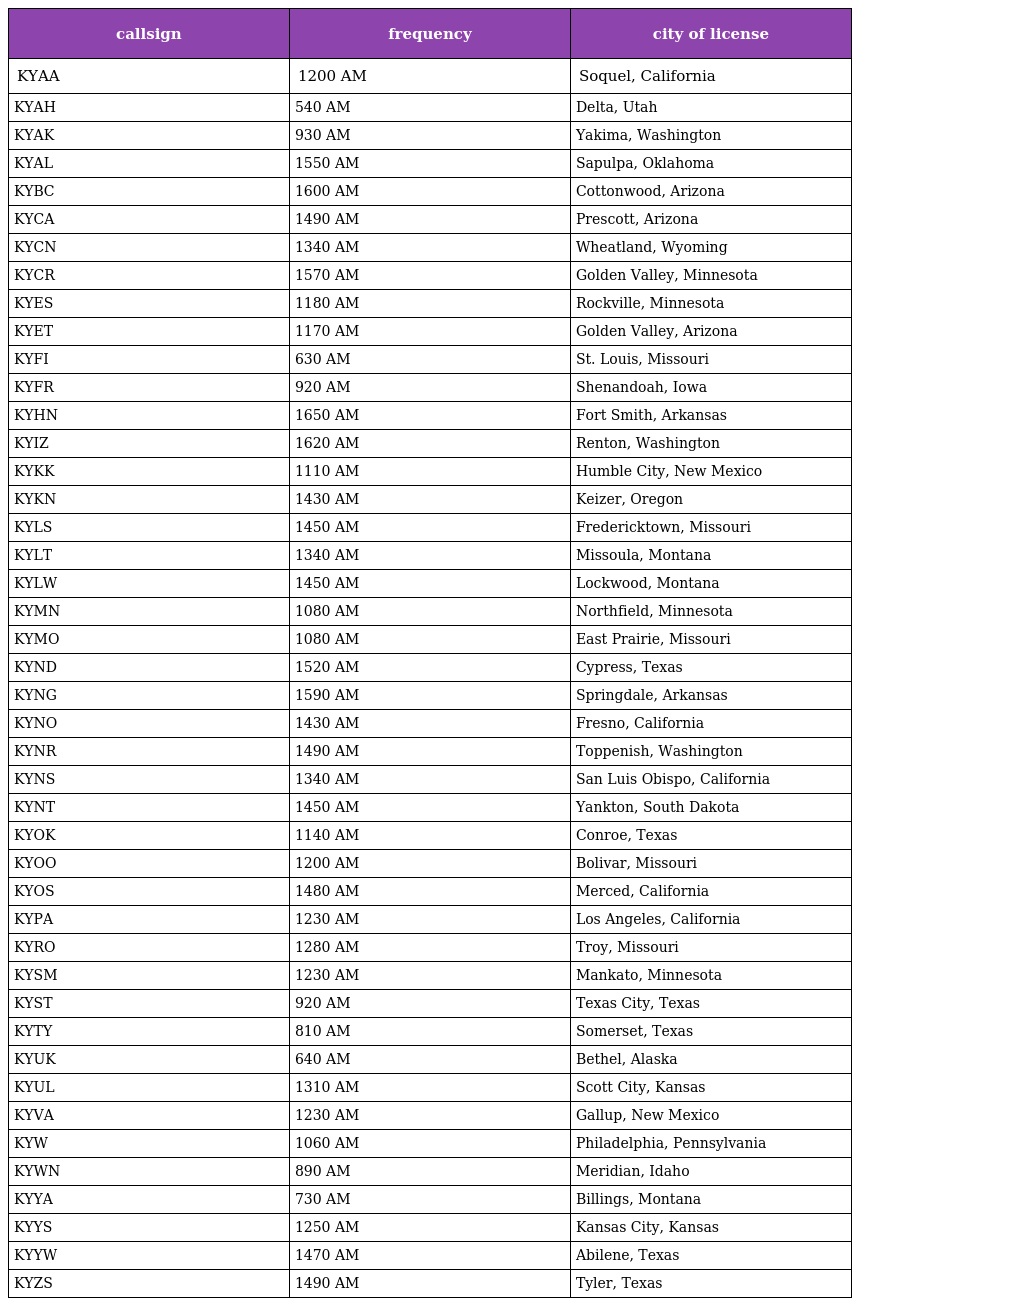
| callsign | frequency | city of license |
 | --- | --- | --- |
 | KYAA | 1200 AM | Soquel, California |
 | KYAH | 540 AM | Delta, Utah |
 | KYAK | 930 AM | Yakima, Washington |
 | KYAL | 1550 AM | Sapulpa, Oklahoma |
 | KYBC | 1600 AM | Cottonwood, Arizona |
 | KYCA | 1490 AM | Prescott, Arizona |
 | KYCN | 1340 AM | Wheatland, Wyoming |
 | KYCR | 1570 AM | Golden Valley, Minnesota |
 | KYES | 1180 AM | Rockville, Minnesota |
 | KYET | 1170 AM | Golden Valley, Arizona |
 | KYFI | 630 AM | St. Louis, Missouri |
 | KYFR | 920 AM | Shenandoah, Iowa |
 | KYHN | 1650 AM | Fort Smith, Arkansas |
 | KYIZ | 1620 AM | Renton, Washington |
 | KYKK | 1110 AM | Humble City, New Mexico |
 | KYKN | 1430 AM | Keizer, Oregon |
 | KYLS | 1450 AM | Fredericktown, Missouri |
 | KYLT | 1340 AM | Missoula, Montana |
 | KYLW | 1450 AM | Lockwood, Montana |
 | KYMN | 1080 AM | Northfield, Minnesota |
 | KYMO | 1080 AM | East Prairie, Missouri |
 | KYND | 1520 AM | Cypress, Texas |
 | KYNG | 1590 AM | Springdale, Arkansas |
 | KYNO | 1430 AM | Fresno, California |
 | KYNR | 1490 AM | Toppenish, Washington |
 | KYNS | 1340 AM | San Luis Obispo, California |
 | KYNT | 1450 AM | Yankton, South Dakota |
 | KYOK | 1140 AM | Conroe, Texas |
 | KYOO | 1200 AM | Bolivar, Missouri |
 | KYOS | 1480 AM | Merced, California |
 | KYPA | 1230 AM | Los Angeles, California |
 | KYRO | 1280 AM | Troy, Missouri |
 | KYSM | 1230 AM | Mankato, Minnesota |
 | KYST | 920 AM | Texas City, Texas |
 | KYTY | 810 AM | Somerset, Texas |
 | KYUK | 640 AM | Bethel, Alaska |
 | KYUL | 1310 AM | Scott City, Kansas |
 | KYVA | 1230 AM | Gallup, New Mexico |
 | KYW | 1060 AM | Philadelphia, Pennsylvania |
 | KYWN | 890 AM | Meridian, Idaho |
 | KYYA | 730 AM | Billings, Montana |
 | KYYS | 1250 AM | Kansas City, Kansas |
 | KYYW | 1470 AM | Abilene, Texas |
 | KYZS | 1490 AM | Tyler, Texas |